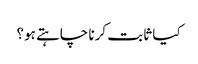
کیا ثابت کرنا چاہتے ہو؟